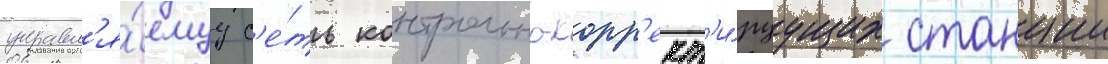
управл'я́емуу с'е́ть контрольно-корр'ект'и́руущих станции